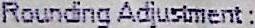
ROUNDING ADJUSTMENT :